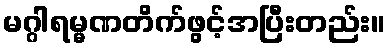
မဂ္ဂါရမ္မဏတိက်ဖွင့်အပြီးတည်း။